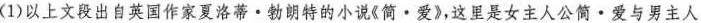
(1)以上文段出自英国作家夏洛蒂。勃朗特的小说《简。爱》，这里是女主人公简。爱与男主人